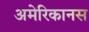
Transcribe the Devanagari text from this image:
अमेरिकानस